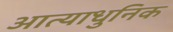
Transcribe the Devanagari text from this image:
आत्याधुनिक